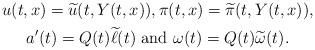
LaTeX: \begin{gather*}u(t,x) = \widetilde u (t, Y(t,x)), \pi(t,x) = \widetilde \pi(t, Y(t,x)), \\ a'(t) = Q(t) \widetilde \ell(t) \mbox{ and } \omega(t) = Q(t) \widetilde \omega(t).\end{gather*}